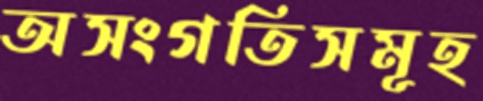
অসংগতিসমূহ